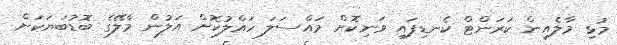
މުޅި މާލެއިން ކަރަންޓް ކެނޑިފައި ވަނިކޮށް މައްސަލަ ހައްލުކޮށް އަލުން މާލޭގެ ބޮޑުބަޔަކަށް